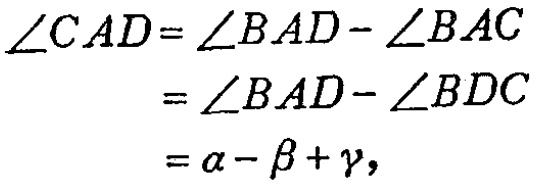
\[
\begin{align*}
\angle CAD&=\angle BAD - \angle BAC\\
&=\angle BAD - \angle BDC\\
&=\alpha - \beta+\gamma,
\end{align*}
\]